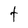
Character: t